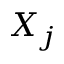
X _ { j }